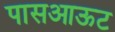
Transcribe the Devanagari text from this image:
पासआऊट